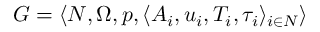
G = \langle N , \Omega , p , \langle A _ { i } , u _ { i } , T _ { i } , \tau _ { i } \rangle _ { i \in N } \rangle